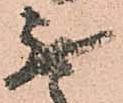
無